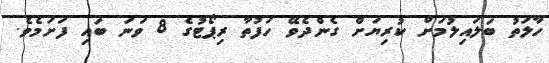
ހާލަތު ބަލައިލުމަށް ކުރިޔަށް ގެންދެވޭ ހަފުތާ ރިޕޯޓުގެ 8 ވަނަ ބައި ފަށަމެވެ.